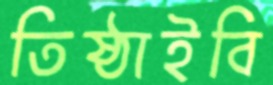
তিষ্ঠাইবি